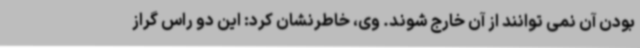
بودن آن نمی توانند از آن خارج شوند. وی، خاطرنشان کرد: این دو راس گراز